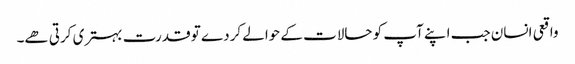
واقعی انسان جب اپنے آپ کو حالات کے حوالے کردے تو قدرت بہتری کرتی ھے۔